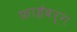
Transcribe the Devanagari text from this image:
फ्राईबर्ग